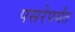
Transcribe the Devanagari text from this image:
पसरेपर्यंत